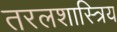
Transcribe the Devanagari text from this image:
तरलशास्त्रिय